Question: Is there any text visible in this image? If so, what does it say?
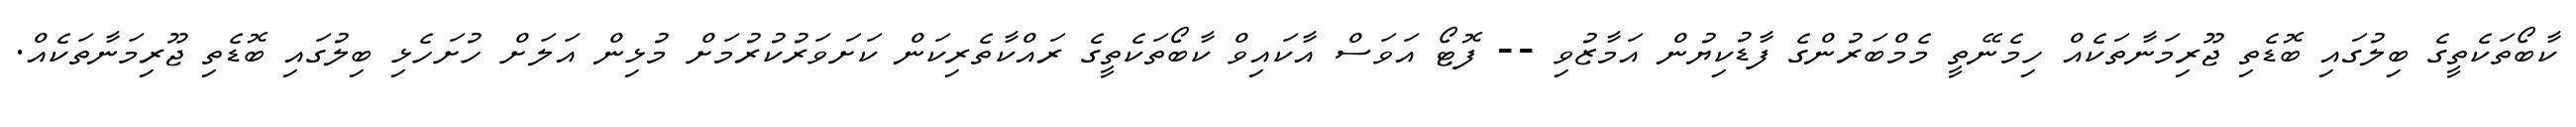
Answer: ކާބޯތަކެތީގެ ބިލުގައި ބޮޑެތި ޖޫރިމަނާތަކެއް ހިމެނޭތީ މެމްބަރުންގެ ފާޑުކިޔުން އަމާޒުވި -- ފޮޓޯ އަވަސް އާކައިވް ކާބޯތަކެތީގެ ރައްކާތެރިކަން ކަށަވަރުކުރުމަށް މުޅިން އަލަށް ހުށަހެޅި ބިލުގައި ބޮޑެތި ޖޫރިމަނާތަކެއް.